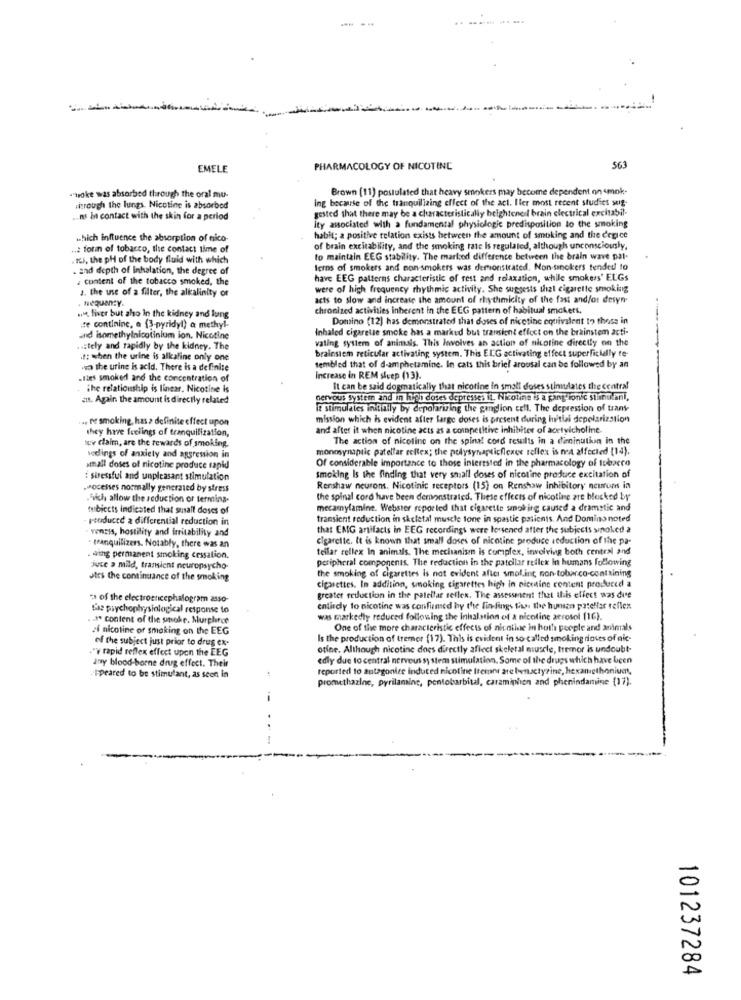
EMELE
PHARMACOLOGY OF NICOTINE
563
Brown (11) postulated that heavy smokers may become dependent on <mnk.
""woke was absorbed through the oral mu-
Ing because of the tranquilizing effect of the act. Vier most recent studies seg.
Through the lungs. Nicotine is absorbed
gested that there may be a characteristically heightened brain electrical excitabil-
.ns in contact with the skin for a period
ity associated with a fundamental physiologic predisposition to the smoking
which influence the absorption of nico-
habit; a positive telation exists between the amount of smoking and the degice
... forin of tobacco, the contact time of
of brain excitability, and the smoking rate Is regulated, although unconsciously,
ILJ, the pH of the body fluid with which
to maintain EEG stability. The markod difference between the brain wave pal-
and depth of Inhalation, the degree of
terms of smokers and non-smokers was demonstrated. Non-smokers tended to
: content of the tobacco smoked, the
have EEG patterns characteristic of rest and relaxation, while smokers' ELGs
3. the use of a filter, the alkalinity or
were of high frequency rhythmic activity. She suggests that cigarette smoking
Hequeny.
acts to slow and increase the amount of rhythmicity of the fast and/or desyn-
chronized activities inherent in the EEG pattern of habitual smokers.
mit fiver but also In the kidney and lung
Domino (12) has demonstrated that doses of nicetine equivalent to thess in
te continine, a (3-pyridyl) a methyl-
Inhaled cigarette smoke has a marked but transient effect on the brainstem acti-
and isomethylnicotinium ion. Nicotine
vating system of animals. This Iswolves an action of nicotine directly on the
ustely and rapidly by the kidney. The
brainsiem reticular activating system. This ELG activating effect superficially te-
it: when the urine is alkaline only one
wein the urine is acid. There is a definite
sembled that of d-amphetamine. In cats this brief arousal can be followed by an
.ties smoked and the concentration of
Increase in REM sleep (13).
The relationship is linear. Nicotine is
It can be said dogmatically that nicotine in small doses stimulates the central
cit. Again. the amount is directly related
nervous system and in loph doses depresses Il. Nicotine is a ganglionic silinulani,
it stimulates initially by depolarizing the ganglion cell. The depression of trans-
.. fr smoking, has a definite effect upon
mission which is evident after farge doses is present during Initial depolarization
they have feelings of tranquilization,
and after it when nicotine acts as a competitive inhibites of acetylcholine.
www claim, are the rewards of smoking.
The action of nicotine on the spinal cord results in a diminution in the
monosynaptic patelfar reflex; the polysynapticflexex reflex is not affected (14).
vedings of anxiety and aggression in
Of considerable importance to those interested in the pharmacology of tobacco
small doses of nicotine produce rapid
: stressful and unpleasant stimulation
smoking Is the finding that very small doses of nicotine produce excitation of
.Processes normally generated by stress
Renshaw neurons. Nicotinic receptors (15) on Renshaw inhibitory neurons in
."nich allow the seduction or termina-
the spinal cord have been demonstrated. These effects of nicotine are blocked by
tubiccts indicated that susall doses of
mecamylamine. Webster reported that cigarette smoking caused a dramatic and
peuduced a differential reduction in
transient reduction in skeletal muscle tone in spastic patients. And Domino noted
vensis, hostility and irritability and
that EMG artifacts in EEG recordings were lessened after the subjects sinoked a
tranquilizers. Notably, there was an
cigarette. It is known that small doses of nicotine produce reduction of the pa-
teilar reflex In animals. The mechanism is complex, involving both central and
. withg permanent smoking cessation.
peripheral components. The reduction in the patellar reflek In humans following
jute a mild, transient neuropsycho-
the smoking of cigarettes is not evident after smol.ing non-tobarco-containing
Jies the continuance of the smoking
cigarettes. In addition, smoking cigarettes high in piccine content produceel a
za of the electroencephalogram 2ss0-
greater reduction in the patellar reflex. The assessment that ilis effect was die
Die psychophysiological response to
entirely to nicotine was confirmed by the findings fies the hunsen patellar reflex
.I" content of the uneke, Murphrce
was markedly reduced following the Inhalation of a nicotine aerosol (16).
ef nicotine of smoking on the EEG
One of the more characteristic effects of nicotine in hoth people and animals
of the subject just prior to drus ex-
Is the production of tremor (17). This is evident in so- called smoking doses of alc-
."w rapid reflex effect upon the EEG
offne. Although nicotine dnes directly aflect skeletal muscle, tremor is undoubt-
Jny blood-borne drug effect. Their
ediy due to central nervous system stimulation. Some of the drugs which have been
:
reported to antagonize induced nicotine tremor are beenactyzine, hexanethonivet,
-I-peared to be stimulant, as seen in
promethazine, pyrilamine, pentobarbital, caramiphon and phenindamine (17).
101237284